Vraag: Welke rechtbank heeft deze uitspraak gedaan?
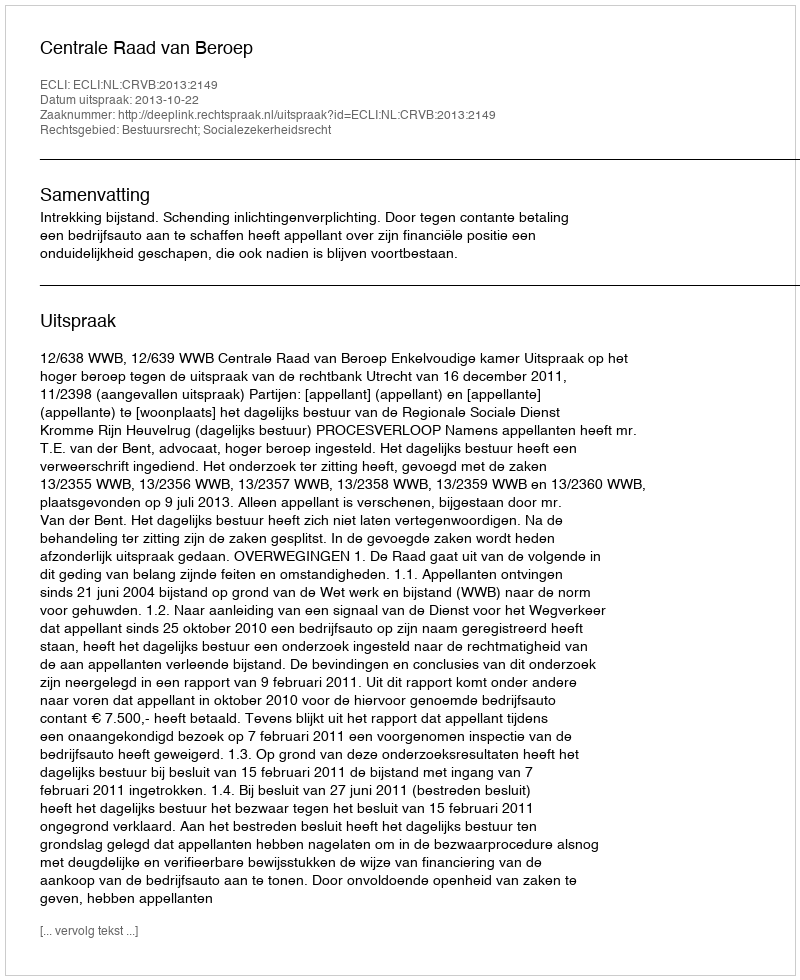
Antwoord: Centrale Raad van Beroep